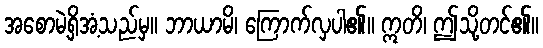
အစောမဲ့ရှိအံ့သည်မှ။ ဘာယာမိ၊ ကြောက်လှပါ၏။ ဣတိ၊ ဤသို့တင်၏။